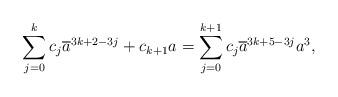
LaTeX: \begin{align*}\sum_{j=0}^kc_j\overline{a}^{3k+2-3j}+c_{k+1}a&=\sum_{j=0}^{k+1}c_j\overline{a}^{3k+5-3j}a^3,\end{align*}